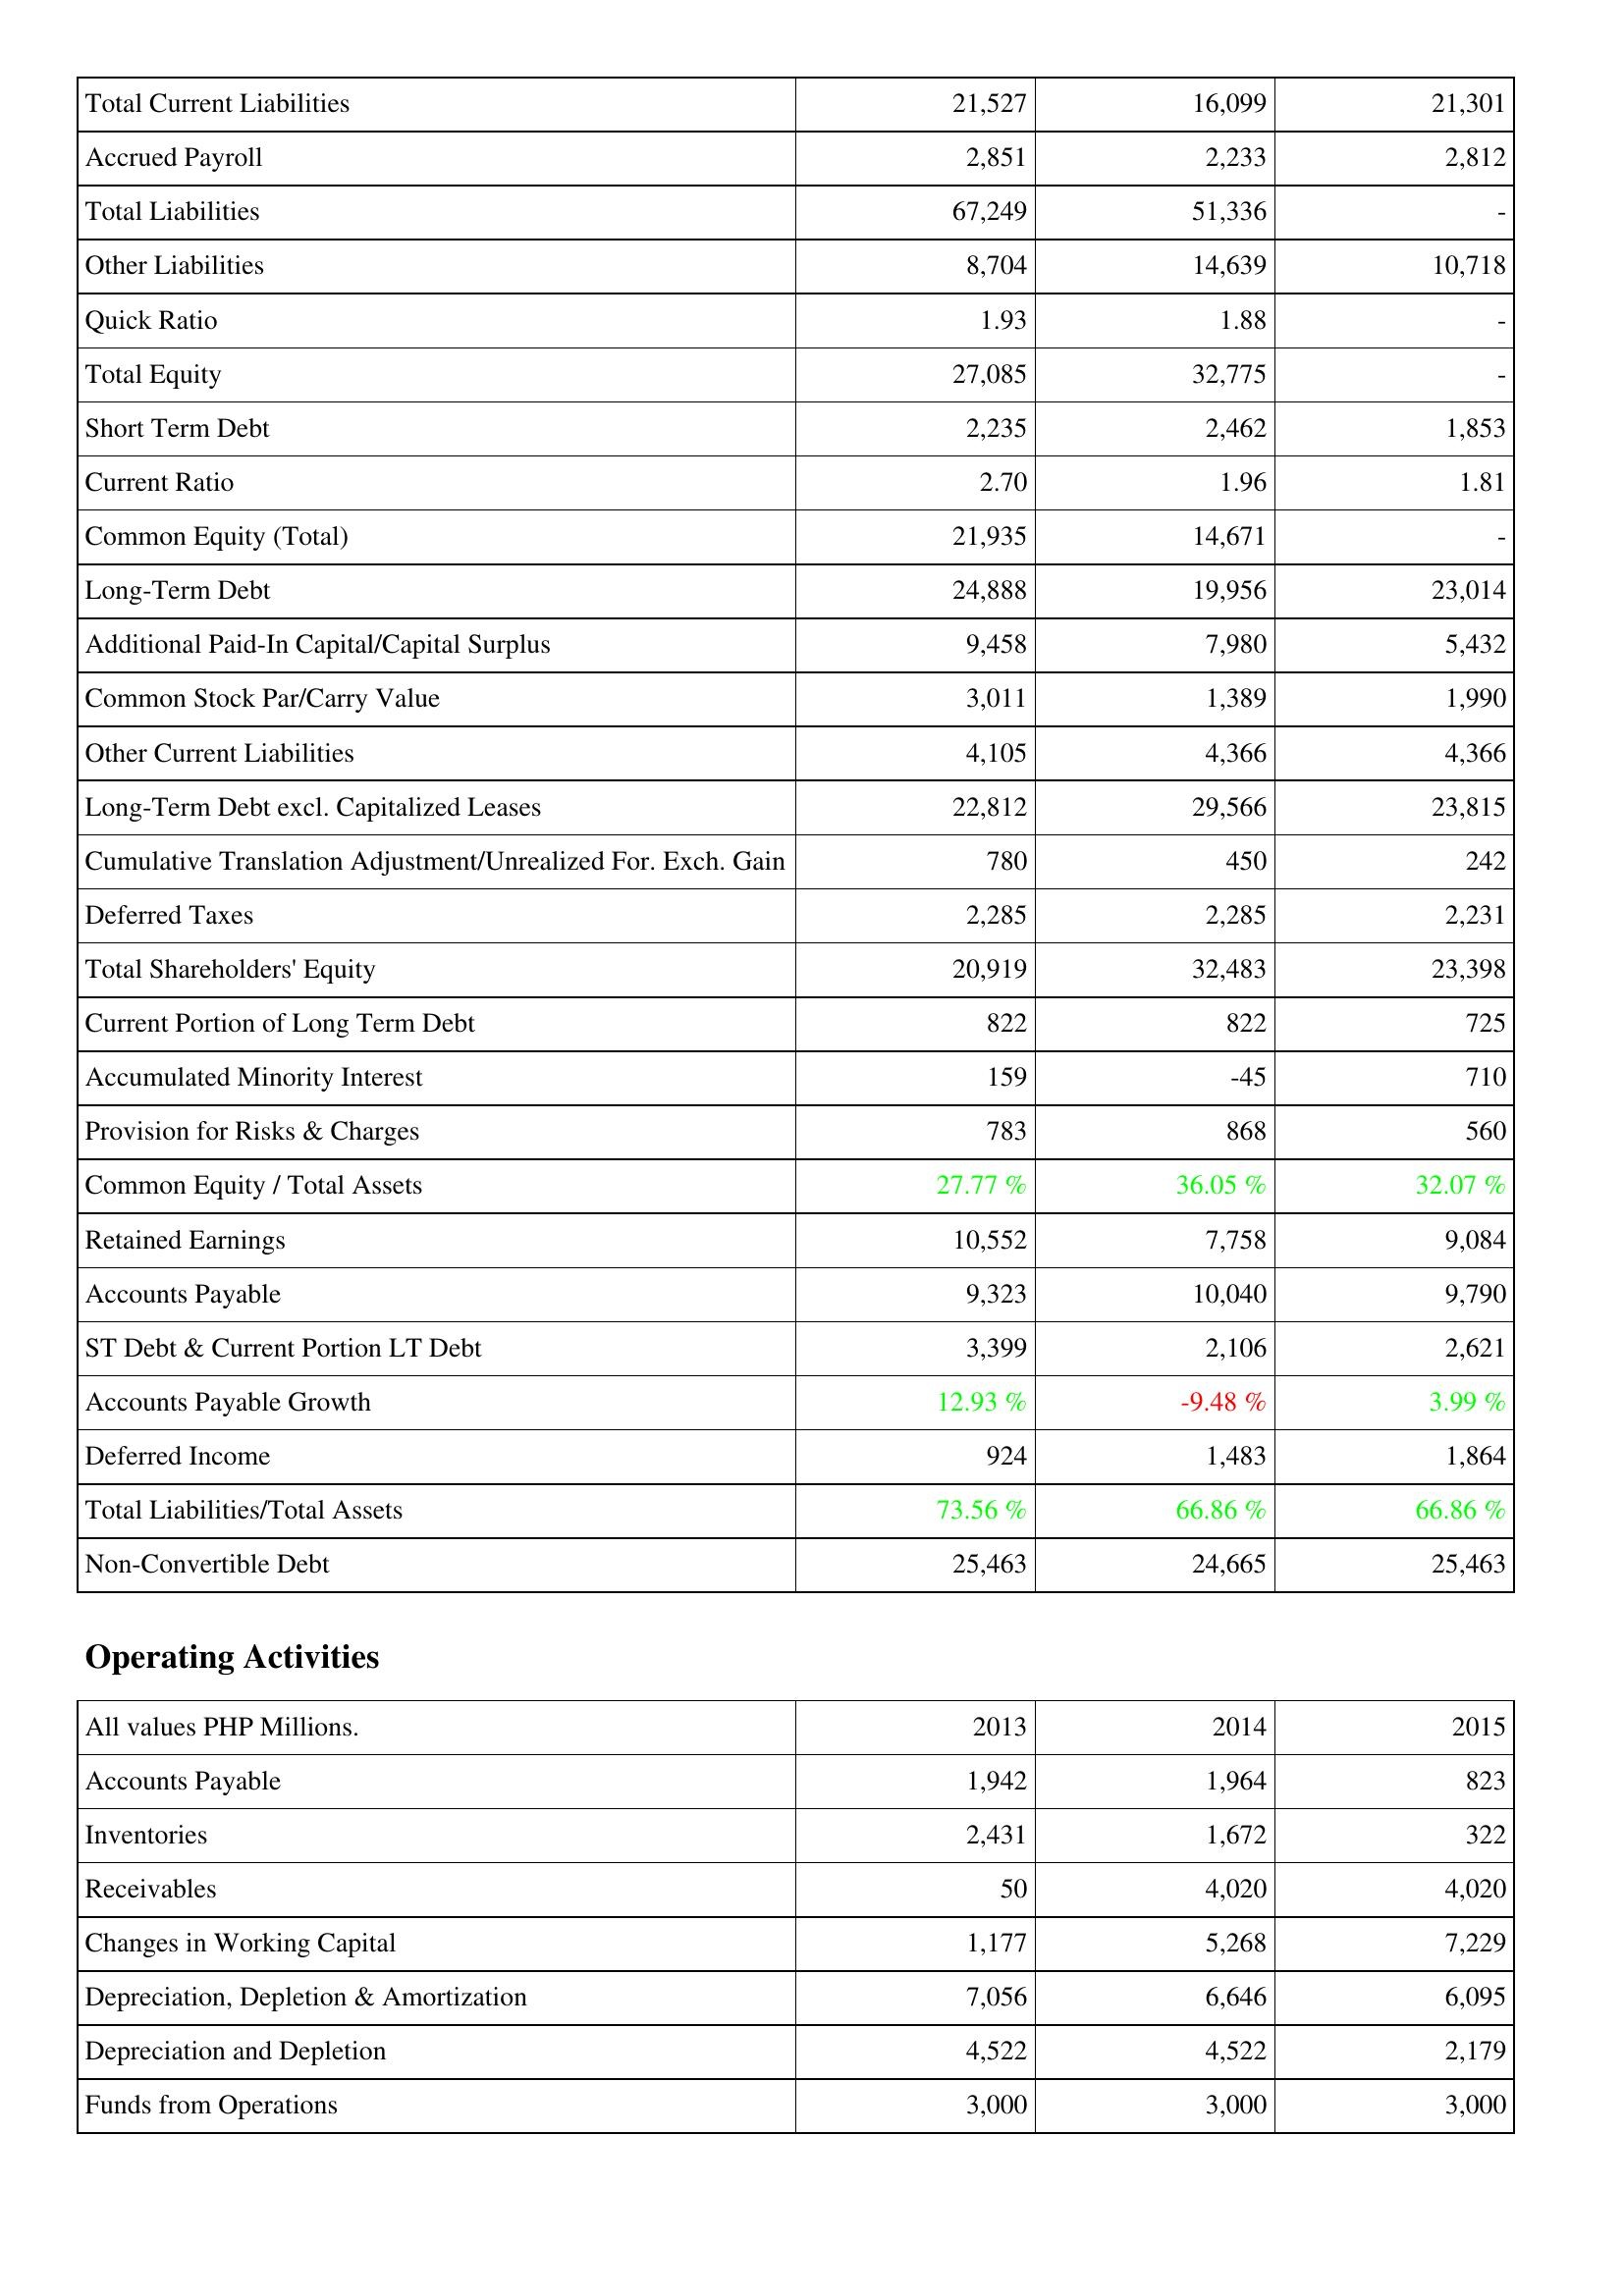
2013: Liabilities & Shareholders' Equity: Total Current Liabilities: 21,527
Accrued Payroll: 2,851
Total Liabilities: 67,249
Other Liabilities: 8,704
Quick Ratio: 1.93
Total Equity: 27,085
Short Term Debt: 2,235
Current Ratio: 2.70
Common Equity (Total): 21,935
Long-Term Debt: 24,888
Additional Paid-In Capital/Capital Surplus: 9,458
Common Stock Par/Carry Value: 3,011
Other Current Liabilities: 4,105
Long-Term Debt excl. Capitalized Leases: 22,812
Cumulative Translation Adjustment/Unrealized For. Exch. Gain: 780
Deferred Taxes: 2,285
Total Shareholders' Equity: 20,919
Current Portion of Long Term Debt: 822
Accumulated Minority Interest: 159
Provision for Risks & Charges: 783
Common Equity / Total Assets: 27.77 %
Retained Earnings: 10,552
Accounts Payable: 9,323
ST Debt & Current Portion LT Debt: 3,399
Accounts Payable Growth: 12.93 %
Deferred Income: 924
Total Liabilities/Total Assets: 73.56 %
Non-Convertible Debt: 25,463
Operating Activities: Accounts Payable: 1,942
Inventories: 2,431
Receivables: 50
Changes in Working Capital: 1,177
Depreciation, Depletion & Amortization: 7,056
Depreciation and Depletion: 4,522
Funds from Operations: 3,000
2014: Liabilities & Shareholders' Equity: Total Current Liabilities: 16,099
Accrued Payroll: 2,233
Total Liabilities: 51,336
Other Liabilities: 14,639
Quick Ratio: 1.88
Total Equity: 32,775
Short Term Debt: 2,462
Current Ratio: 1.96
Common Equity (Total): 14,671
Long-Term Debt: 19,956
Additional Paid-In Capital/Capital Surplus: 7,980
Common Stock Par/Carry Value: 1,389
Other Current Liabilities: 4,366
Long-Term Debt excl. Capitalized Leases: 29,566
Cumulative Translation Adjustment/Unrealized For. Exch. Gain: 450
Deferred Taxes: 2,285
Total Shareholders' Equity: 32,483
Current Portion of Long Term Debt: 822
Accumulated Minority Interest: -45
Provision for Risks & Charges: 868
Common Equity / Total Assets: 36.05 %
Retained Earnings: 7,758
Accounts Payable: 10,040
ST Debt & Current Portion LT Debt: 2,106
Accounts Payable Growth: -9.48 %
Deferred Income: 1,483
Total Liabilities/Total Assets: 66.86 %
Non-Convertible Debt: 24,665
Operating Activities: Accounts Payable: 1,964
Inventories: 1,672
Receivables: 4,020
Changes in Working Capital: 5,268
Depreciation, Depletion & Amortization: 6,646
Depreciation and Depletion: 4,522
Funds from Operations: 3,000
2015: Liabilities & Shareholders' Equity: Total Current Liabilities: 21,301
Accrued Payroll: 2,812
Total Liabilities: -
Other Liabilities: 10,718
Quick Ratio: -
Total Equity: -
Short Term Debt: 1,853
Current Ratio: 1.81
Common Equity (Total): -
Long-Term Debt: 23,014
Additional Paid-In Capital/Capital Surplus: 5,432
Common Stock Par/Carry Value: 1,990
Other Current Liabilities: 4,366
Long-Term Debt excl. Capitalized Leases: 23,815
Cumulative Translation Adjustment/Unrealized For. Exch. Gain: 242
Deferred Taxes: 2,231
Total Shareholders' Equity: 23,398
Current Portion of Long Term Debt: 725
Accumulated Minority Interest: 710
Provision for Risks & Charges: 560
Common Equity / Total Assets: 32.07 %
Retained Earnings: 9,084
Accounts Payable: 9,790
ST Debt & Current Portion LT Debt: 2,621
Accounts Payable Growth: 3.99 %
Deferred Income: 1,864
Total Liabilities/Total Assets: 66.86 %
Non-Convertible Debt: 25,463
Operating Activities: Accounts Payable: 823
Inventories: 322
Receivables: 4,020
Changes in Working Capital: 7,229
Depreciation, Depletion & Amortization: 6,095
Depreciation and Depletion: 2,179
Funds from Operations: 3,000